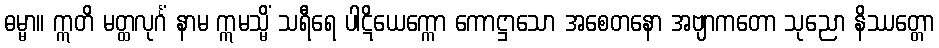
ဓမ္မာ။ ဣတိ မတ္ထလုင်္ဂံ နာမ ဣမသ္မိံ သရီရေ ပါဋိယေက္ကော ကောဋ္ဌာသော အစေတနော အဗျာကတော သုညော နိဿတ္တော